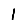
Digit: 1